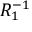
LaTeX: R _ { 1 } ^ { - 1 }